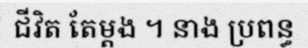
ជីវិត តែម្តង ។ នាង ប្រពន្ធ